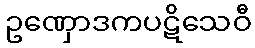
ဥဏှောဒကပဋိသေဝီ